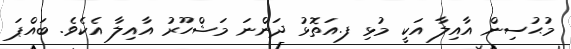
މުޙުސިން އާއިލާ އަކީ މުޅި ފ.އަތޮޅު ދަންނަ މަޝްހޫރު އާއިލާ އެކެވެ. ބައްޕަ